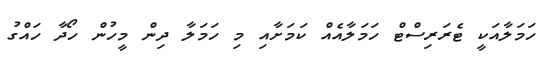
ހަމަލާއަކީ ޓެރަރިސްޓް ހަމަލާއެއް ކަމަށާއި މި ހަމަލާ ދިން މީހުން ހޯދާ ހައްގު